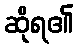
ဆိုရ၏